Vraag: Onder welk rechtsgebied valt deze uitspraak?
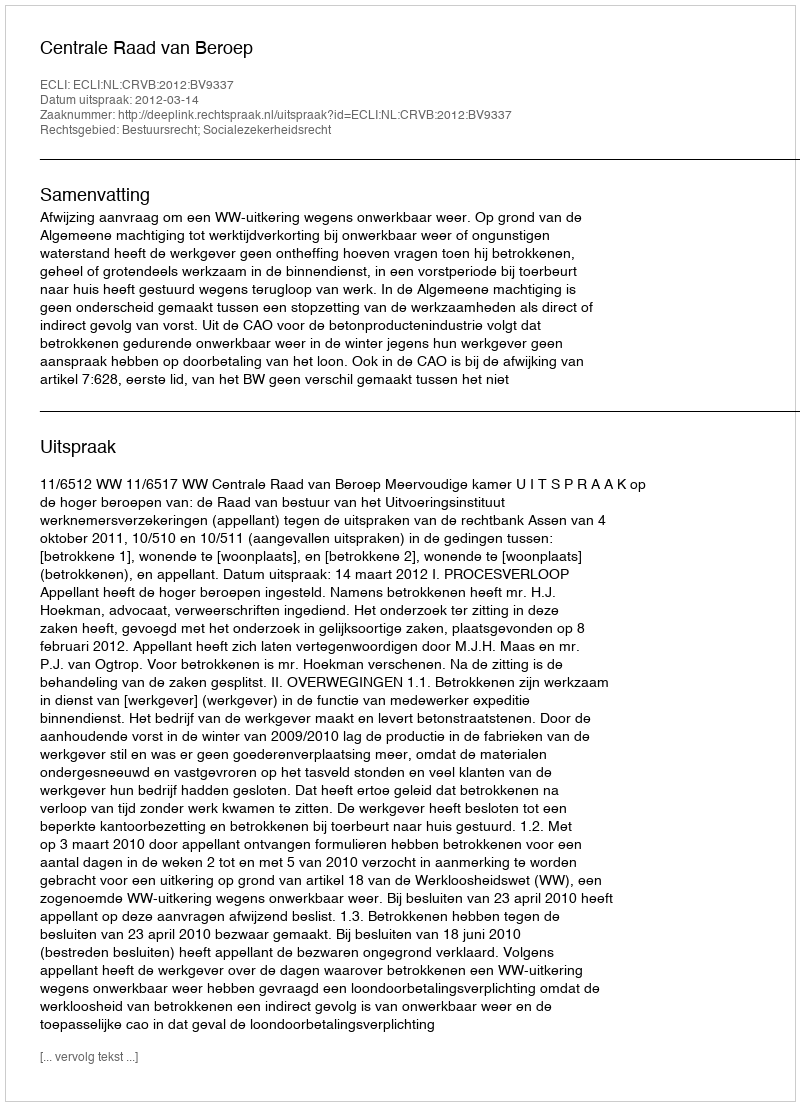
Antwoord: Bestuursrecht; Socialezekerheidsrecht